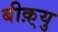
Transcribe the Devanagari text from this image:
बीक़्यु